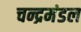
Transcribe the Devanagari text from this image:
चन्द्रमंडल